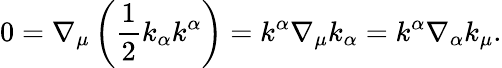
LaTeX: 0=\nabla_{\mu}\left(\frac{1}{2}k_{\alpha}k^{\alpha}\right)=k^{\alpha}\nabla_{\mu}k_{\alpha}=k^{\alpha}\nabla_{\alpha}k_{\mu}.